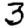
Digit: 3